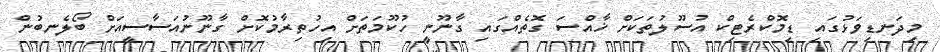
މިދަނޑިވަޅުގައި ޑިމޮކްރެޓިކް އުސޫލުތަކަށް ޚާއްސަ ގޮތެއްގައި ގާނޫނީ ހުކޫމަތަށް އިހުތިރާމުކޮށް ގާނޫނުއަސާސީއަށް ބޯލެނބުން